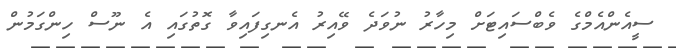
ސީއެންއެމްގެ ވެބްސައިޓަށް މިހާރު ނުވަދެ ވޭއިރު އެނގިފައިވާ ގޮތުގައި އެ ނޫސް ހިންގަމުން